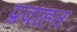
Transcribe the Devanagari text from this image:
प्रवाहत